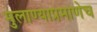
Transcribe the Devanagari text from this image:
मुलाण्याप्रमाणेच